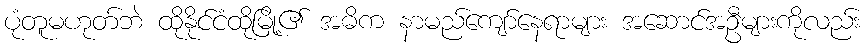
ပုံတူမဟုတ်ဘဲ ထိုနိုင်ငံထိုမြို့၏ အဓိက နာမည်ကျော်နေရာများ အဆောင်အဦများကိုလည်း